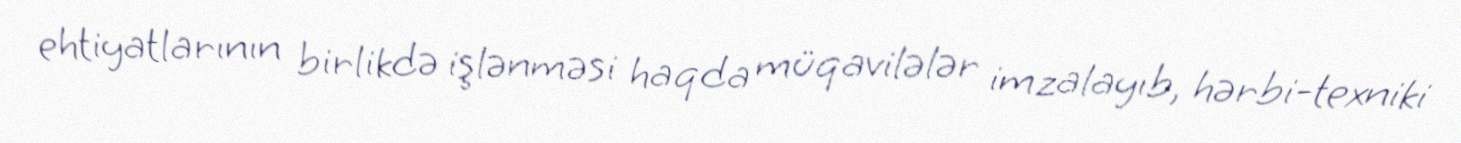
ehtiyatlarının birlikdə işlənməsi haqda müqavilələr imzalayıb, hərbi-texniki